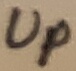
Text: Up